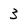
Character: 3